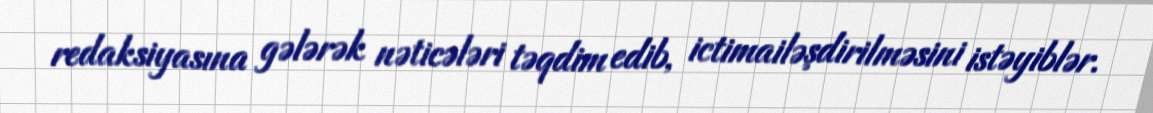
redaksiyasına gələrək nəticələri təqdim edib, ictimailəşdirilməsini istəyiblər.